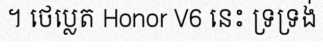
។ ថេប្លេត Honor V6 នេះ ទ្រទ្រង់